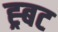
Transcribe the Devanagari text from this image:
ह्र्बट